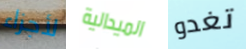
لأجزاء الميدالية تغدو